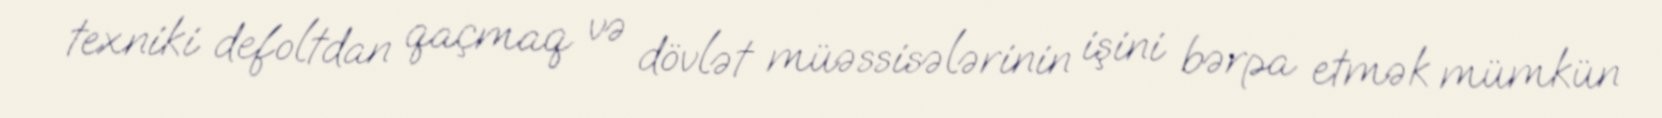
texniki defoltdan qaçmaq və dövlət müəssisələrinin işini bərpa etmək mümkün